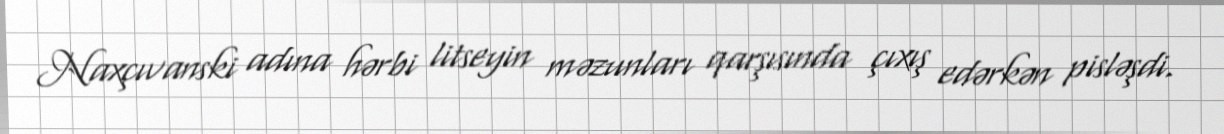
Naxçıvanski adına hərbi litseyin məzunları qarşısında çıxış edərkən pisləşdi.